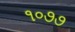
૧૦૭૭